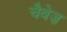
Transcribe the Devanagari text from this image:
चैवेज़